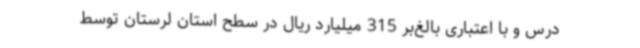
درس و با اعتباری بالغ‌بر 315 میلیارد ریال در سطح استان لرستان توسط